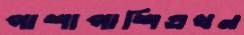
পাশাপাশিএখন